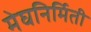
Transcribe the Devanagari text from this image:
मेघनिर्मिती